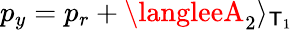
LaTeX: p_{y}=p_{r}+\langleeA_{2}\rangle_{\mathsf{T}_{1}}